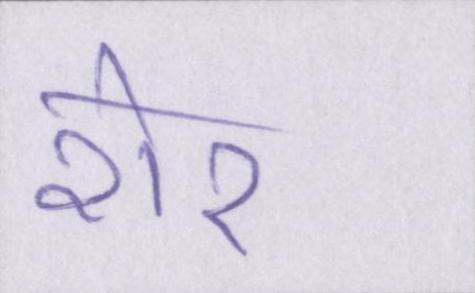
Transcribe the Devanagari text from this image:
शेर